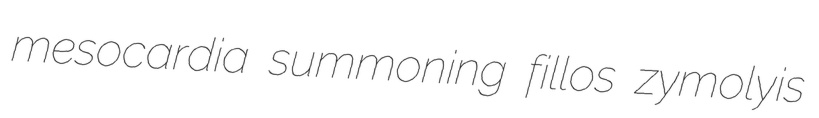
mesocardia summoning fillos zymolyis